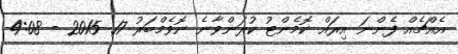
އެއްޗެއް ފެންނަ އިރައް ކޮމެންޓު ކުރަންވާނެ ނޮވެމްބަރު 17